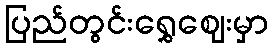
ပြည်တွင်းရွှေဈေးမှာ